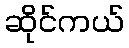
ဆိုင်ကယ်